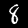
Digit: 8